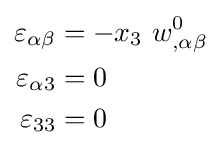
{\begin{aligned}\varepsilon _{\alpha \beta }&=-x_{3}~w_{,\alpha \beta }^{0}\\\varepsilon _{\alpha 3}&=0\\\varepsilon _{33}&=0\end{aligned}}